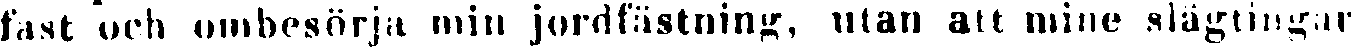
fast och ombesörja min jordfästning, utan att mine slägtingar